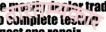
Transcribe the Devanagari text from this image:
तारतम्यकार